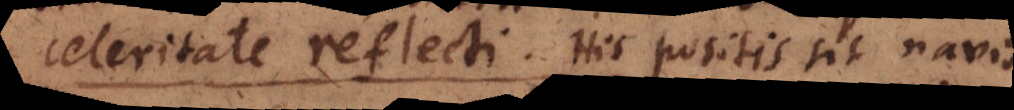
celeritate reflecti. His positis sit navis